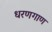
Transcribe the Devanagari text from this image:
धरणगाण